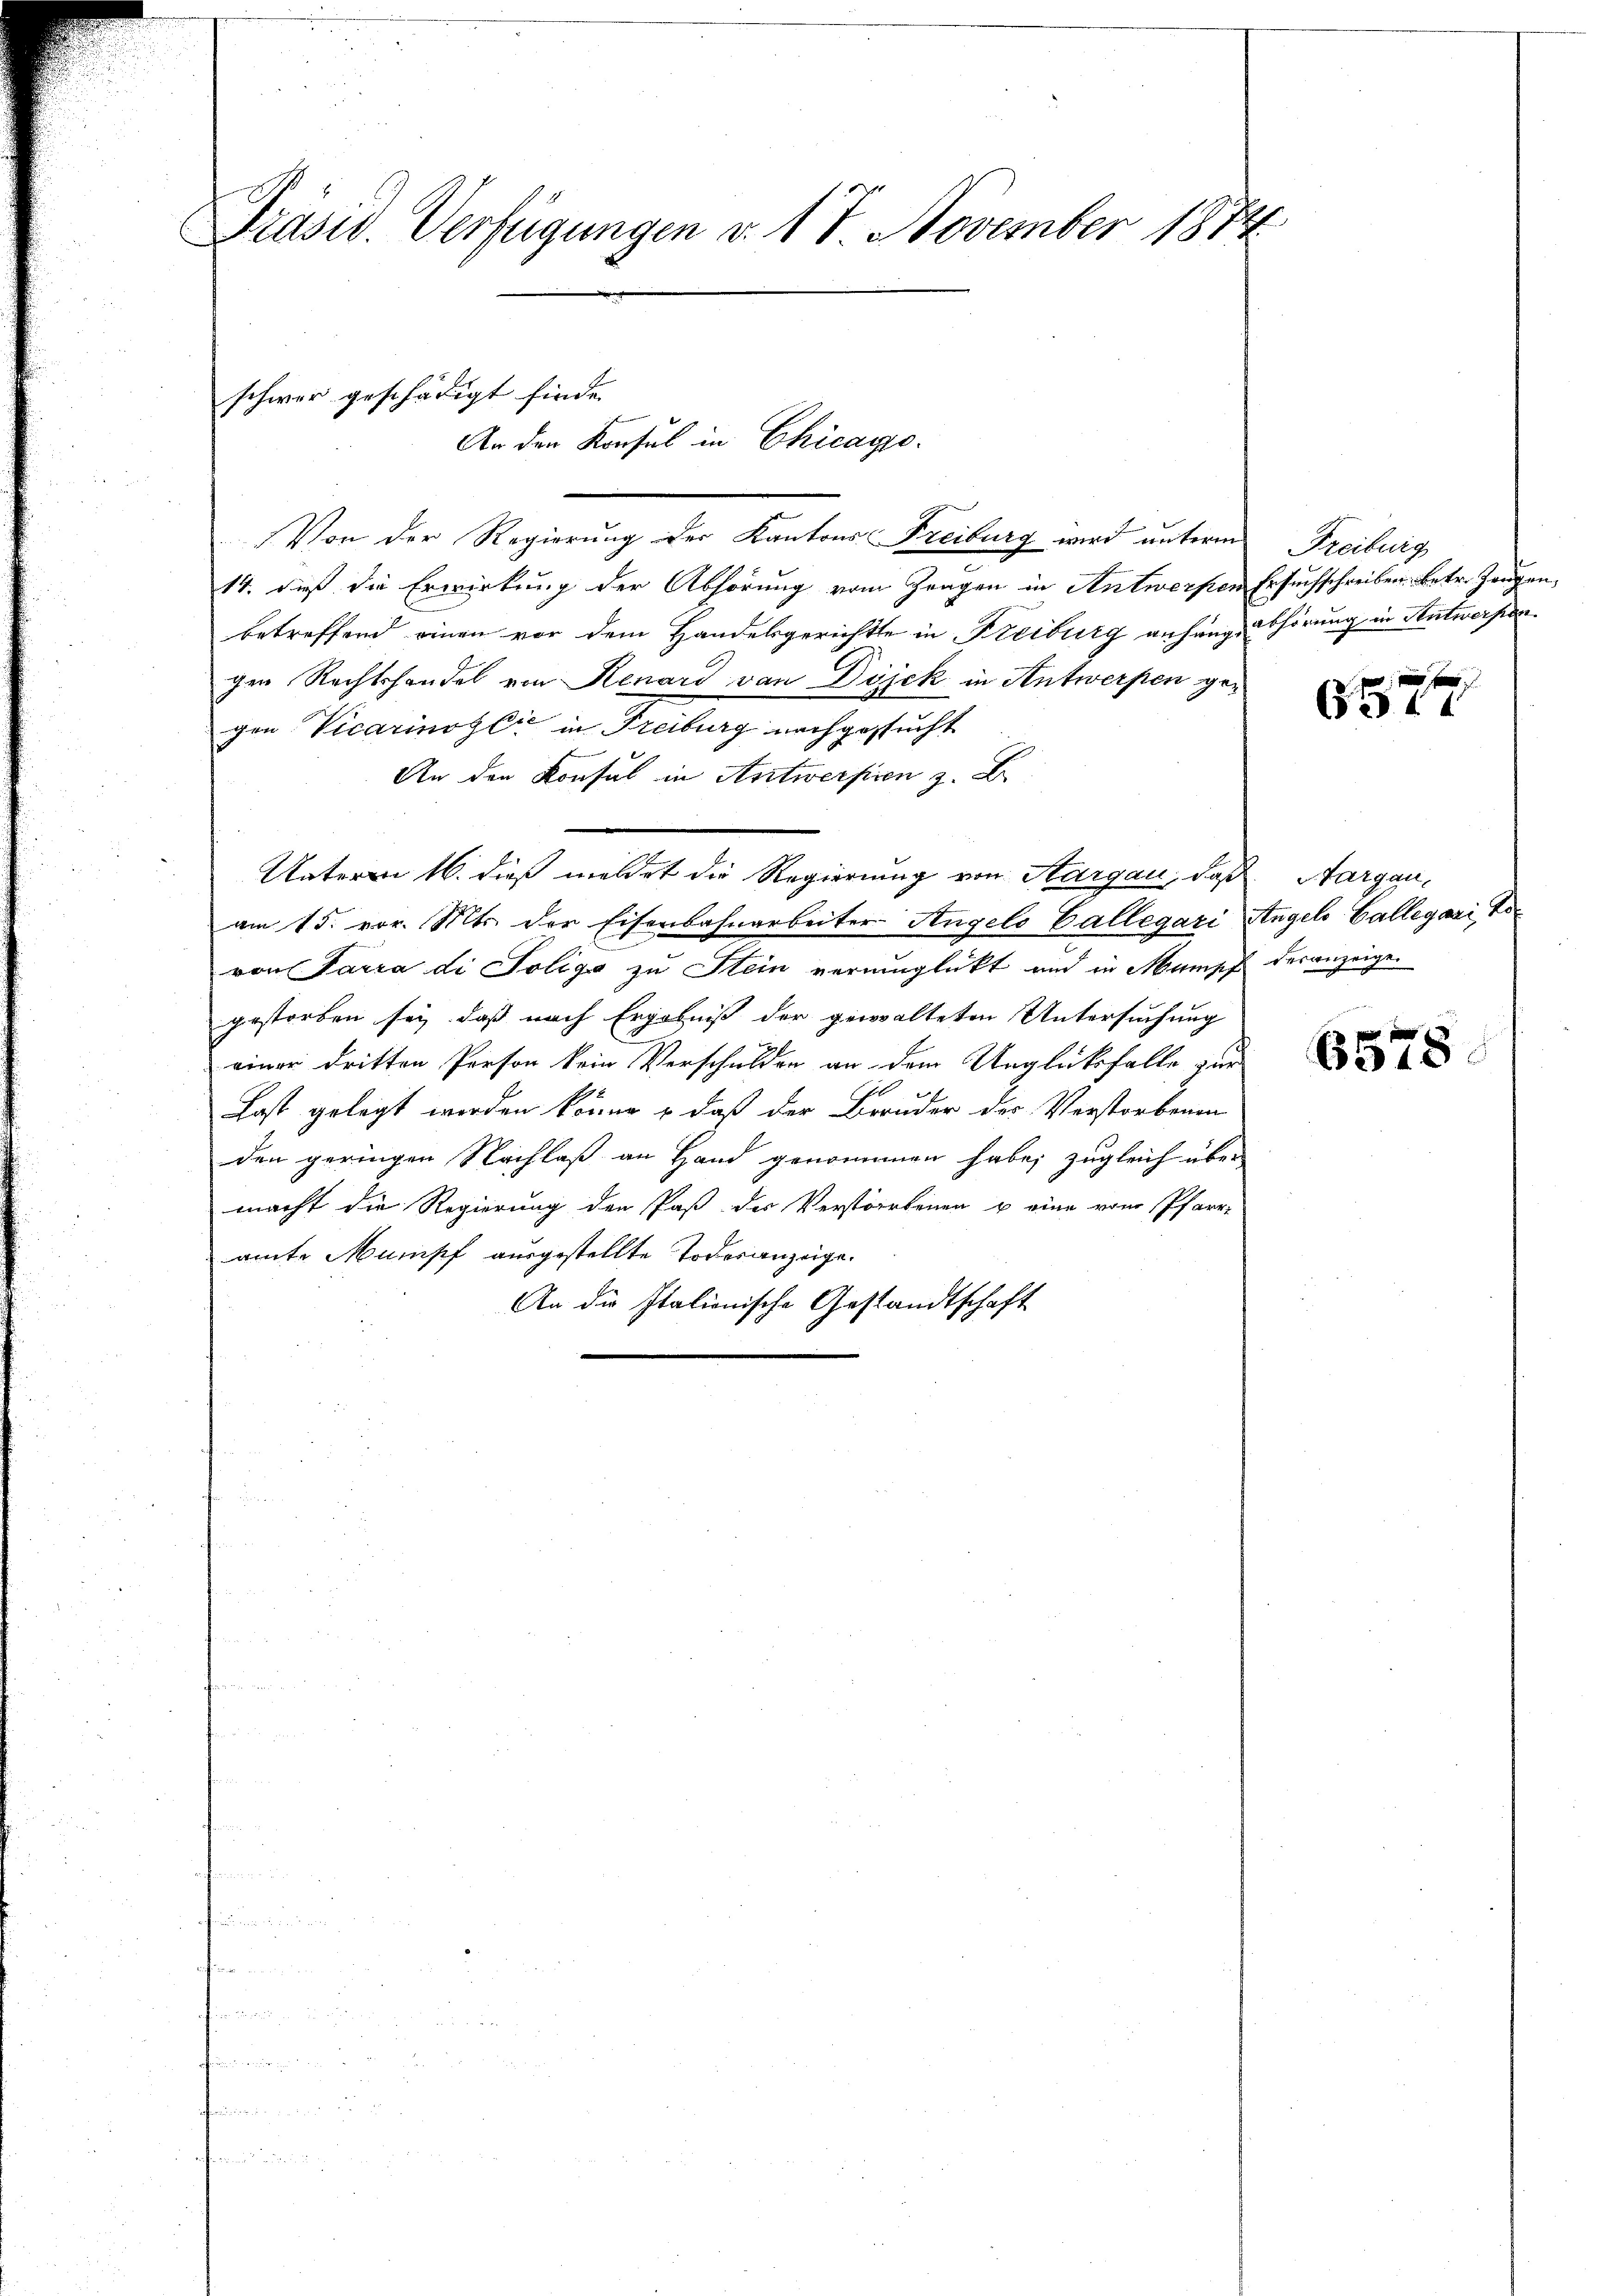
Präsid. Verfügungen v. 17 November 1874

Von der Regierung des Kantons Freiburg wird unterm
14. daß die Erwirkung der Abhörung vom Tragen in Antwerpen
betreffend einen vor dem Handesgerichte in Freiburg anhänge
gen Rechtshandel von Renard von Dijek in Antwerpen gegen Vicarinosli in Freiburg nachgesucht
An den Konsul in Antwerfen z. Er
Unterm 16. dieß meldet die Regierung von Aargau, daß Sargauam 15. vor. Mts. der Eisenbahnarbeiter Angelo Gallegari
von Parra di Poligg zu Stein verunglückt und in Mampf
gestorben sei, daß nach Ergebniß der gewalteten Untersuchung
einer dritten Person kein Verschulden an dem Unglücksfalle zur
Last gelegt werden könne, daß der Bruder der Verstorbenen
den geringen Nachlaß an Hand genommen habe; zugleich über
macht die Regierung den Paß der Verstorbenen u eine vom Pfarr-
amte Mampf ausgestellte Todesanzeige.
An die Italienische Gestandtschaft

schwer geschädigt finde.
An den Konsul in Chicago¬

Freiburg
Ersuchschreiben betr. Zeugen,
abhörung in Antwerpen

657

Engels Collegari ta
deranzeige.

6578